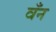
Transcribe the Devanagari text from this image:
वँन